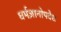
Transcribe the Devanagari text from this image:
धर्मज्ञानोपदेश